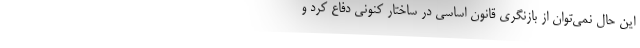
این حال نمی‌توان از بازنگری قانون اساسی در ساختار کنونی دفاع کرد و